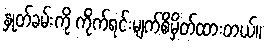
နှုတ်ခမ်းကို ကိုက်ရင်းမျက်စိမှိတ်ထားတယ်။